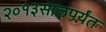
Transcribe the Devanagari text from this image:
२०१३सालपर्यंत